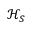
{ \mathcal { H } } _ { S }